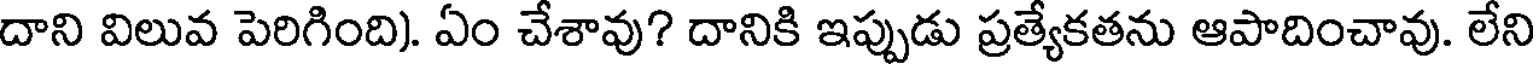
దాని విలువ పెరిగింది). ఏం చేశావు? దానికి ఇప్పుడు ప్రత్యేకతను ఆపాదించావు. లేని